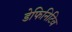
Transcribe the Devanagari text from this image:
डेफिनिटिव